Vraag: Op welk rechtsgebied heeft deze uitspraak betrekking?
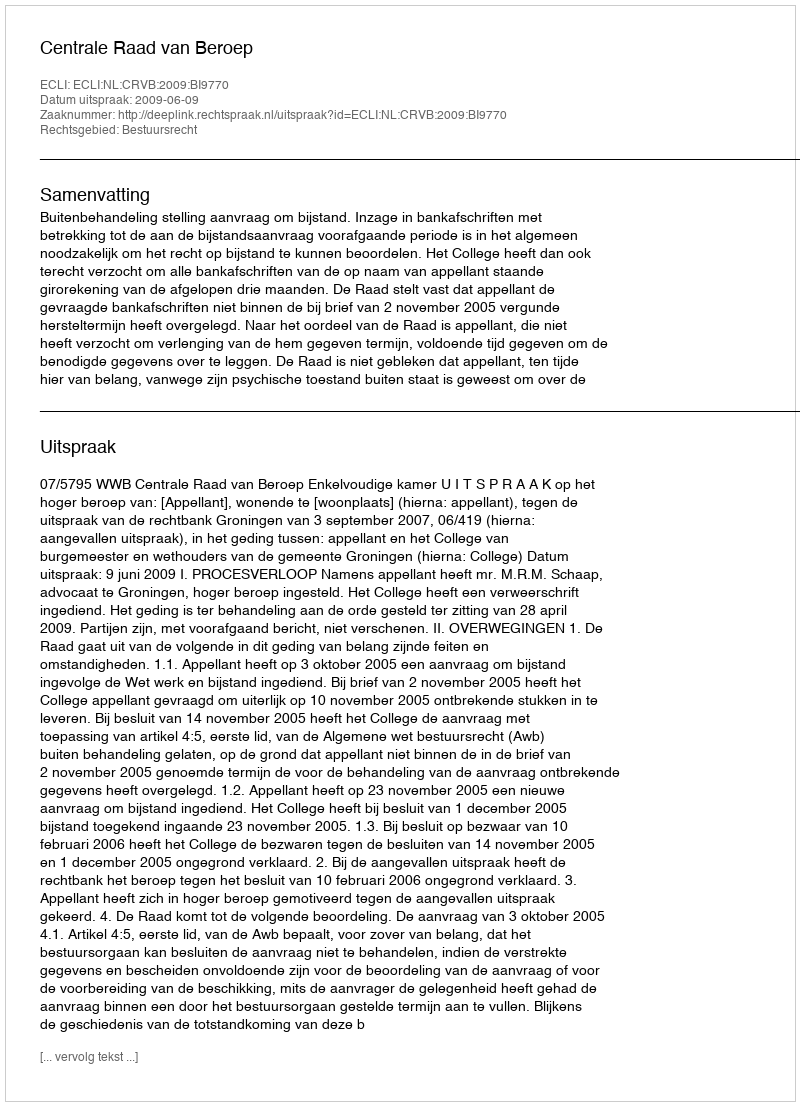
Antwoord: Bestuursrecht